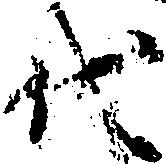
代